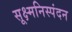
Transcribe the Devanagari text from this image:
सूक्ष्मनिस्पंदन